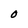
Character: O